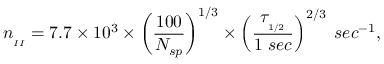
n _ { _ { I I } } = 7 . 7 \times 1 0 ^ { 3 } \times \left( \frac { 1 0 0 } { N _ { s p } } \right) ^ { 1 / 3 } \times \left( \frac { \tau _ { _ { 1 / 2 } } } { 1 \; s e c } \right) ^ { 2 / 3 } \; s e c ^ { - 1 } ,